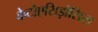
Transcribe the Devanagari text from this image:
केटोएसिड़ोसिस